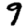
Digit: 9